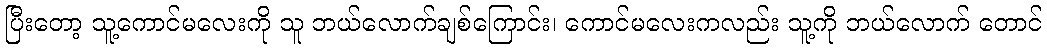
ပြီးတော့ သူ့ကောင်မလေးကို သူ ဘယ်လောက်ချစ်ကြောင်း၊ ကောင်မလေးကလည်း သူ့ကို ဘယ်လောက် တောင်